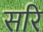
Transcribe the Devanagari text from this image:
सरि